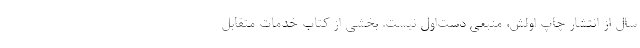
سال از انتشار چاپ اولش، منبعی دست‌اول نیست. بخشی از کتاب خدمات متقابل